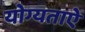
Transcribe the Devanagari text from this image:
योग्यताऐं